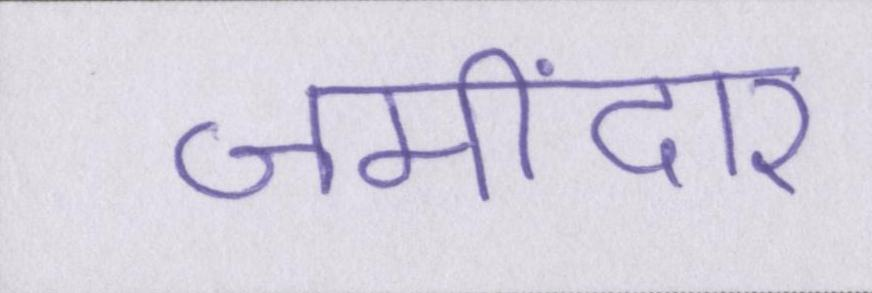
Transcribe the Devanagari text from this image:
जमींदार